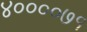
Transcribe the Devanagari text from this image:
४००००७१